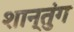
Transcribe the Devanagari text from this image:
शान्तुंग